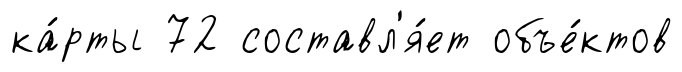
ка́рты 72 составл'я́ет объе́ктов